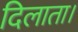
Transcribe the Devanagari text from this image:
दिलाता।